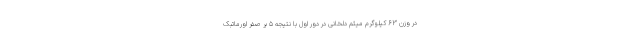
در وزن ۶۳ کیلوگرم میثم دلخانی در دور اول با نتیجه ۵ بر صفر اورماتبک